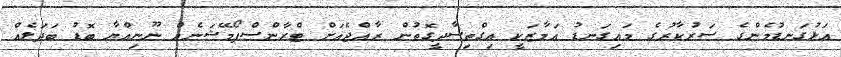
އަޅުގަނޑުމެންގެ ސަރުކާރުގެ މައިގަނޑު އަމާޒަކީ އިގްތިސާދީގޮތުން ރާއްޖެއަށް ޓްރާންސްފޯމޭޝަނެއް ނޫނިއްޔާ ބޮޑު ބަދަލެއް